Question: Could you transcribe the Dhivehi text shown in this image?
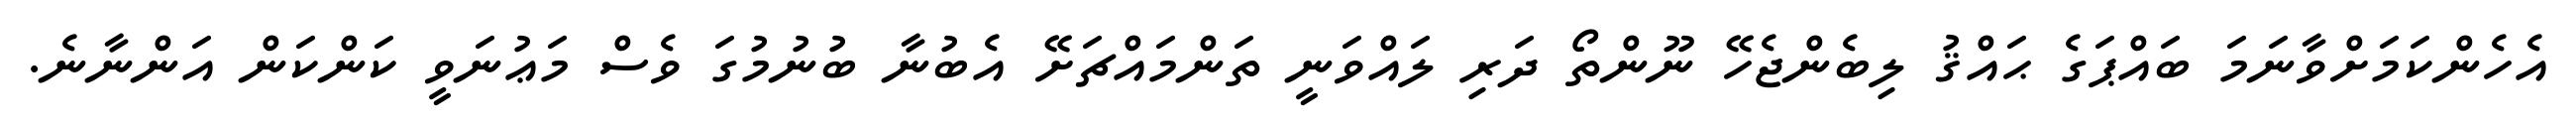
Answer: އެހެންކަމަށްވާނަމަ ބައްޕަގެ ޙައްޤު ލިބެންޖެހޭ ނޫންތޯ ދަރި ލައްވަނީ ތަންމައްޗަށޭ އެބުނާ ބުނުމުގަ ވެސް މަޢުނަވީ ކަންކަން އަންނާނެ.